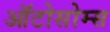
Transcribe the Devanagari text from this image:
ऑटोसोम्स